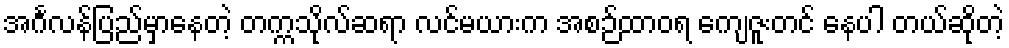
အင်္ဂလန်ပြည်မှာနေတဲ့ တက္ကသိုလ်ဆရာ လင်မယားက အစဉ်ထာဝရ ကျေဇူးတင် နေပါ တယ်ဆိုတဲ့